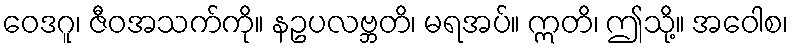
ဝေဒဂူ၊ ဇီဝအသက်ကို။ နဥပလဗ္ဘတိ၊ မရအပ်။ ဣတိ၊ ဤသို့။ အဝေါစ၊